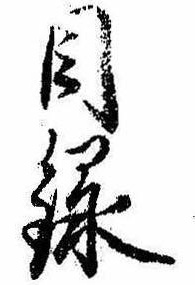
目録